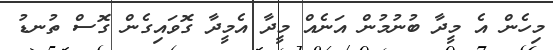
މިހެން އެ މީދާ ބުނުމުން އަނެއް މީދާ އެމީދާ ގޮވައިގެން ގޮސް ތުނޑު